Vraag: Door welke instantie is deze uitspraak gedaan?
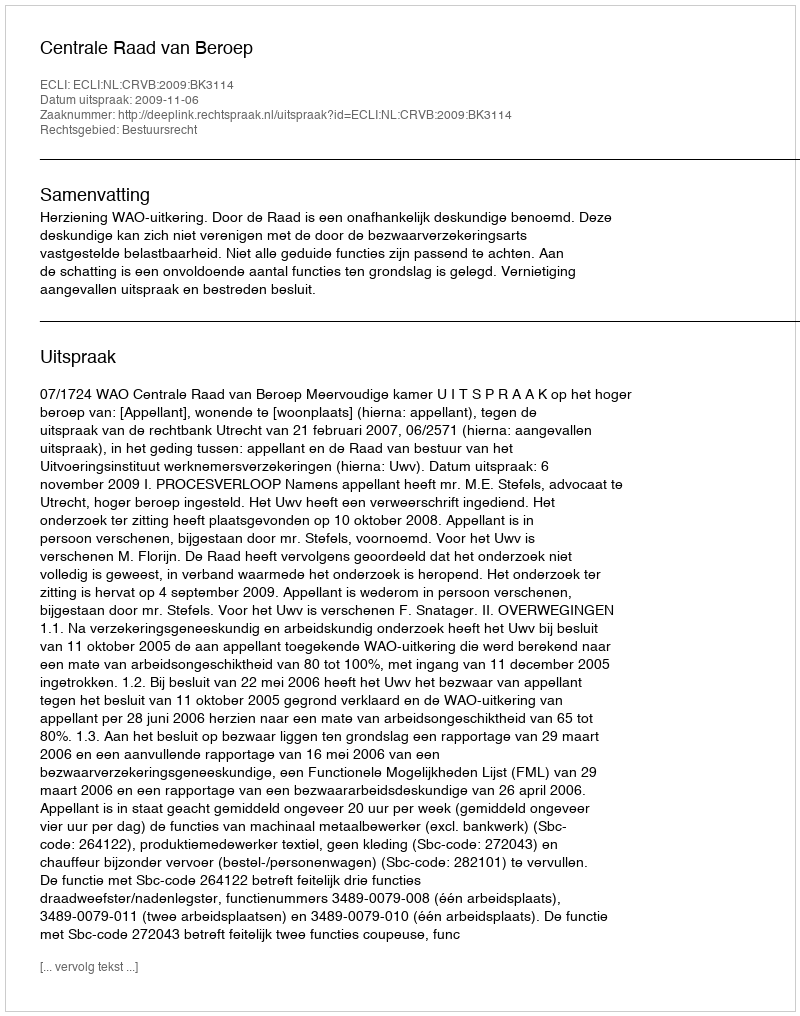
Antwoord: Centrale Raad van Beroep